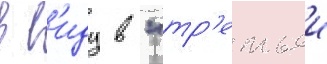
в в'иду в "тр'етьеи